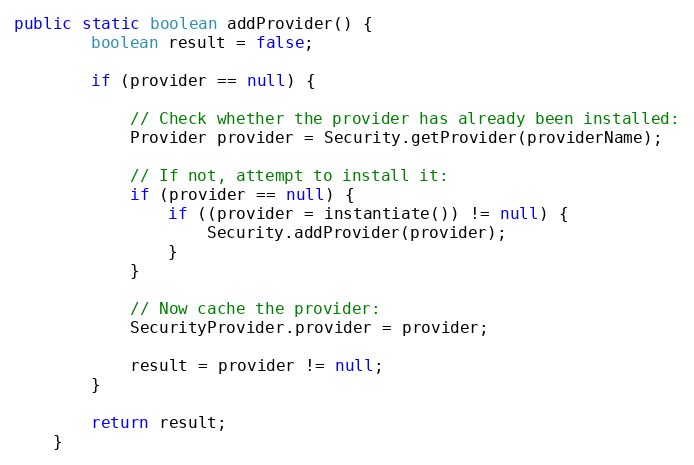
Language: Java
public static boolean addProvider() {
        boolean result = false;

        if (provider == null) {

            // Check whether the provider has already been installed:
            Provider provider = Security.getProvider(providerName);

            // If not, attempt to install it:
            if (provider == null) {
                if ((provider = instantiate()) != null) {
                    Security.addProvider(provider);
                }
            }

            // Now cache the provider:
            SecurityProvider.provider = provider;

            result = provider != null;
        }

        return result;
    }